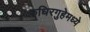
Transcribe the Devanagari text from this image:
रुधिरगुहेमध्ये